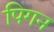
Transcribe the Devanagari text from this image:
पिगन